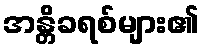
အန္တိခရစ်များ၏